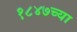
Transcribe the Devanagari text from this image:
१८४७च्या